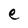
Character: e